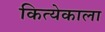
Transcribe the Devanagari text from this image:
कित्येकाला